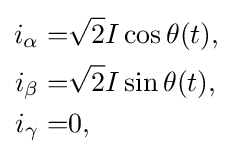
{\begin{aligned}i_{\alpha }=&{\sqrt {2}}I\cos \theta (t),\\i_{\beta }=&{\sqrt {2}}I\sin \theta (t),\\i_{\gamma }=&0,\end{aligned}}